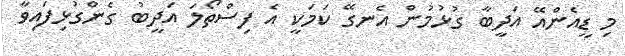
މި ޑީއެންއޭ އަދީބާ ގުޅުމުން އެނގޭ ކަމަކީ އެ ފިސްތޯލަ އަދީބު ގެންގުޅިފައިވާ